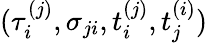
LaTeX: (\tau_{i}^{(j)},\sigma_{ji},t_{i}^{(j)},t_{j}^{(i)})